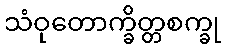
သံဝုတောက္ခိတ္တစက္ခု